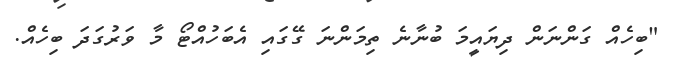
"ބިހެއް ގަންނަން ދިޔައީމަ ބުނާނެ ތިމަންނަ ގޭގައި އެބަހުއްޓޯ މާ ވަރުގަދަ ބިހެއް.